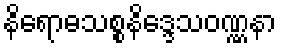
နိရောဓသစ္စနိဒ္ဒေသဝဏ္ဏနာ